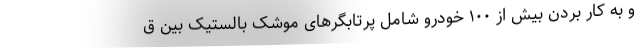
و به کار بردن بیش از ۱۰۰ خودرو شامل پرتابگرهای موشک بالستیک بین ق